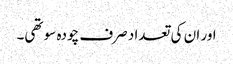
اور ان کی تعداد صرف چودہ سو تھی۔